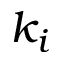
k _ { i }